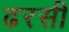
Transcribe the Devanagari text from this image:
ढरसी